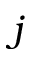
j